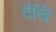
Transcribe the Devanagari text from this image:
दैखि